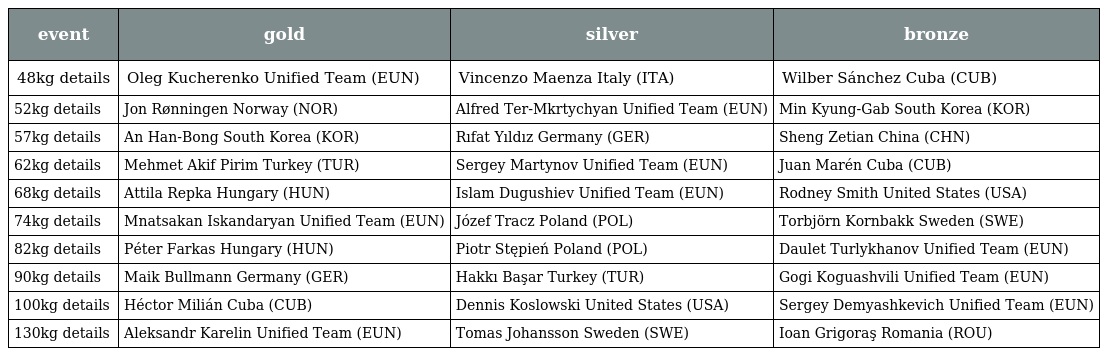
| event | gold | silver | bronze |
 | --- | --- | --- | --- |
 | 48kg details | Oleg Kucherenko Unified Team (EUN) | Vincenzo Maenza Italy (ITA) | Wilber Sánchez Cuba (CUB) |
 | 52kg details | Jon Rønningen Norway (NOR) | Alfred Ter-Mkrtychyan Unified Team (EUN) | Min Kyung-Gab South Korea (KOR) |
 | 57kg details | An Han-Bong South Korea (KOR) | Rıfat Yıldız Germany (GER) | Sheng Zetian China (CHN) |
 | 62kg details | Mehmet Akif Pirim Turkey (TUR) | Sergey Martynov Unified Team (EUN) | Juan Marén Cuba (CUB) |
 | 68kg details | Attila Repka Hungary (HUN) | Islam Dugushiev Unified Team (EUN) | Rodney Smith United States (USA) |
 | 74kg details | Mnatsakan Iskandaryan Unified Team (EUN) | Józef Tracz Poland (POL) | Torbjörn Kornbakk Sweden (SWE) |
 | 82kg details | Péter Farkas Hungary (HUN) | Piotr Stępień Poland (POL) | Daulet Turlykhanov Unified Team (EUN) |
 | 90kg details | Maik Bullmann Germany (GER) | Hakkı Başar Turkey (TUR) | Gogi Koguashvili Unified Team (EUN) |
 | 100kg details | Héctor Milián Cuba (CUB) | Dennis Koslowski United States (USA) | Sergey Demyashkevich Unified Team (EUN) |
 | 130kg details | Aleksandr Karelin Unified Team (EUN) | Tomas Johansson Sweden (SWE) | Ioan Grigoraş Romania (ROU) |